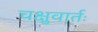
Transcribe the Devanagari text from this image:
चक्षुवार्तः